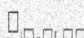
٩